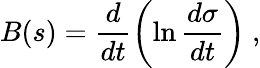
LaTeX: B(s)=\frac{d}{dt}\left(\ln{\frac{d\sigma}{dt}}\right)~,